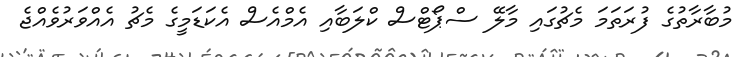
މުބާރާތުގެ ފުރަތަމަ މެޗުގައި މާލޭ ސްޕޯޓްސް ކްލަބާއި އެމްއެސް އެކަޑަމީގެ މެޗު އެއްވަރުވެއްޖެ